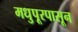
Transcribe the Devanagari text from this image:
मधुपूरपासून